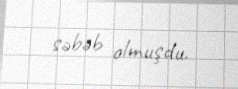
səbəb olmuşdu.